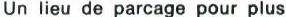
Un lieu de parcage pour plus